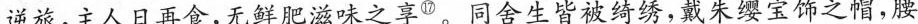
逆旅，主人日再食,无鲜肥滋味之享^{⑰}。同舍生皆被绮绣,戴朱缨宝饰之帽，腰